Notes on vaccination in the North-West Frontier Province 1923-1928 - 1923-1928
Year: 1923
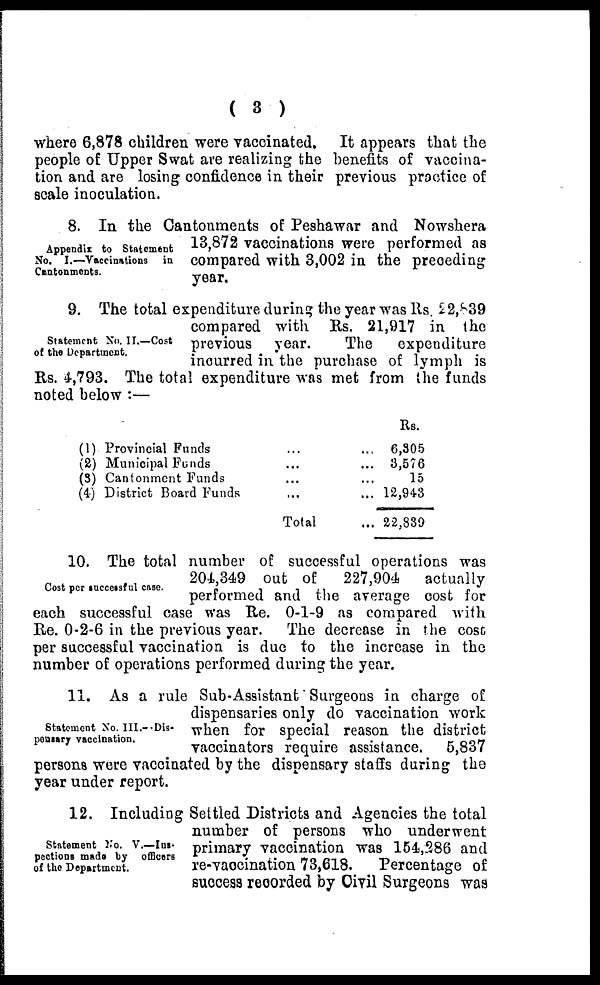
( 3 )
where 6,878 children were vaccinated. It appears that the
people of Upper Swat are realizing the benefits of vaccina-
tion and are losing confidence in their previous practice of
scale inoculation.
Appendix to Statement
No. I.— Vaccinations in
Cantonments.
8. In the Cantonments of Peshawar and Nowshera
13,872 vaccinations were performed as
compared with 3,002 in the preceding
year.
Statement No. II.—Cost
of the Department.
9. The total expenditure during the year was Rs. 22,839
compared with Rs. 21,917 in the
previous year.
The
expenditure
incurred in the purchase of lymph is
Rs. 4,793. The total expenditure was met from the funds
noted below :—
(1)
(2)
(3)
(4)
Provincial Funds ... ...
Municipal Funds ... ...
Cantonment Funds ... ...
District Board Funds ... ...
Total ...
Rs.
6,305
3,576
15
12,943
22,839
Cost per successful case.
10. The total number of successful operations was
204,349 out of
227,904
actually
performed and the average cost for
each successful case was Re. 0-1-9 as compared with
Re. 0-2-6 in the previous year.
The decrease in the cost
per successful vaccination is due to the increase in the
number of operations performed during the year.
Statement No. III.—Dis¬
pensary vaccination.
11. As a rule Sub-Assistant Surgeons in charge of
dispensaries only do vaccination work
when for special reason the district
vaccinators require assistance. 5,837
persons were vaccinated by the dispensary staffs during the
year under report.
Statement No. V.—Ins-
pections made by officers
of the Department.
12. Including Settled Districts and Agencies the total
number of persons who underwent
primary vaccination was 154,286 and
re-vaccination 73,618.
Percentage of
success recorded by Civil Surgeons was